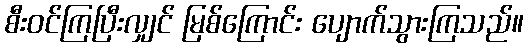
စီးဝင်ကြပြီးလျှင် မြစ်ကြောင်း ပျောက်သွားကြသည်။